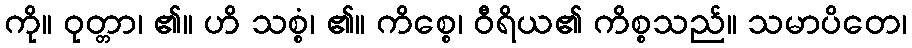
ကို။ ဝုတ္တာ၊ ၏။ ဟိ သစ္စံ၊ ၏။ ကိစ္စေ၊ ဝီရိယ၏ ကိစ္စသည်။ သမာပိတေ၊